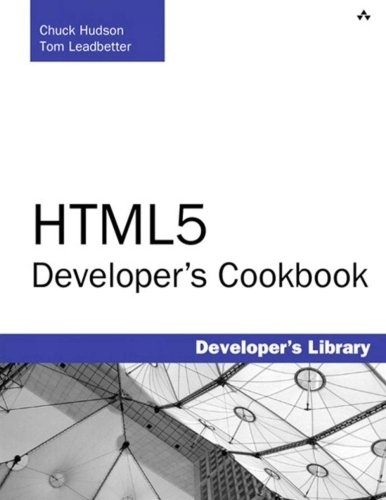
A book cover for HTML5 Developer's Cookbook (Developer's Library); Chuck Hudson; Computers & Technology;